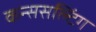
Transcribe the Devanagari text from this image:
कन्ससल्टिंग